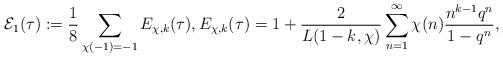
LaTeX: \begin{align*} \mathcal{E}_{1}(\tau):= \frac{1}{8}\sum_{\chi(-1) = -1} E_{\chi,k}(\tau),E_{\chi,k}(\tau) = 1 + \frac{2}{L(1 - k, \chi)} \sum_{n=1}^{\infty} \chi(n) \frac{n^{k-1} q^{n}}{1 - q^{n}},\end{align*}